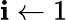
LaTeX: \mathbf{i}\gets1